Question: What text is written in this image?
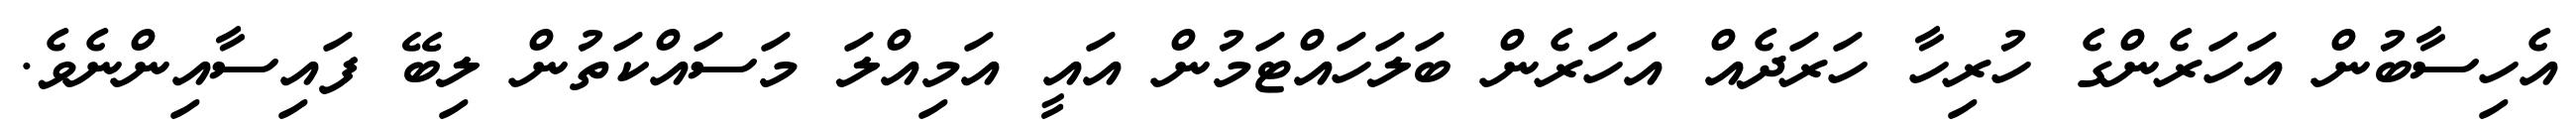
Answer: އެހިސާބުން އަހަރެންގެ ހުރިހާ ހަރަދެއް އަހަރެން ބަލަހައްޓަމުން އައީ އަމިއްލަ މަސައްކަތުން ލިބޭ ފައިސާއިންނެވެ.